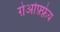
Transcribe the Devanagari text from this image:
ग़ेओफ़्फ़्रेय